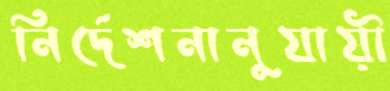
নির্দেশনানুযায়ী